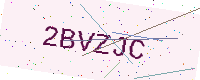
Text: 2BVZJC